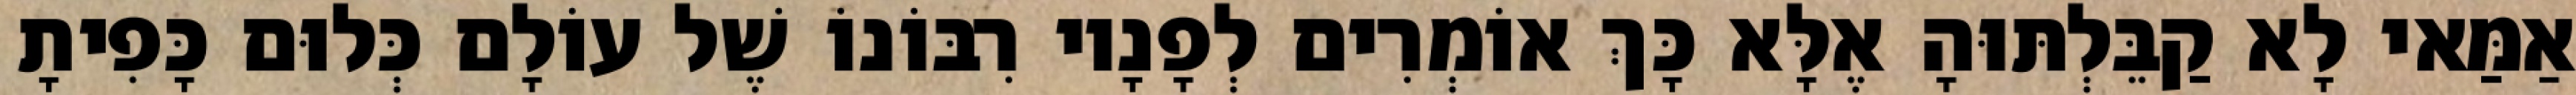
אַמַּאי לָא קַבֵּלְתּוּהָ אֶלָּא כָּךְ אוֹמְרִים לְפָנָיו רִבּוֹנוֹ שֶׁל עוֹלָם כְּלוּם כָּפִיתָ